Indian journal of veterinary science and animal husbandry - Volumes 15-17, 1948-1951
Year: 1948
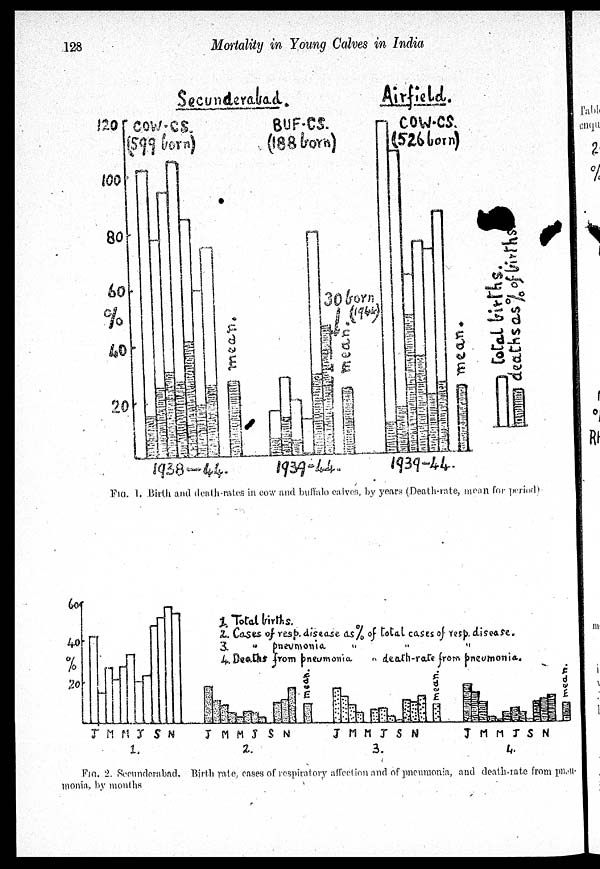
128
Mortality in Young Calves in India
FIG. 1. Birth and death-rates in cow and buffalo calves, by years (Death-rate, mean for period)
FIG. 2. Secunderabad, Birth rate, cases of respiratory affection and of pneumonia, and death-rate from pneu-
monia, by months